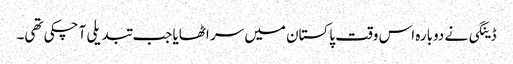
ڈینگی نے دوبارہ اس وقت پاکستان میں سر اٹھایا جب تبدیلی آ چکی تھی۔